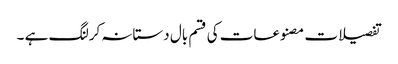
تفصیلات مصنوعات کی قسم بال دستانہ کرلنگ ہے ۔